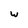
Character: w